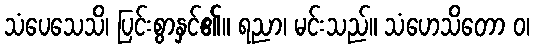
သံပေသေသိ၊ ပြင်းစွာနှင်၏။ ရညာ၊ မင်းသည်။ သံဟေသိတော ဝ၊